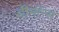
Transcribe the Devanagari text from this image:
डीमॉन्स